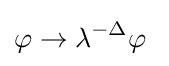
\varphi \rightarrow \lambda ^{-\Delta }\varphi ~